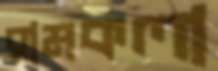
রামকলা